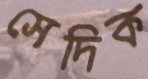
সেদিক